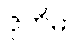
ဇုတိမာ